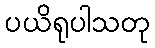
ပယိရုပါသတု